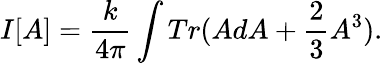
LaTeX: I[A]=\frac{k}{4\pi}\int Tr(AdA+\frac{2}{3}A^{3}).